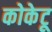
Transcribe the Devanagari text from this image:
कोकेटू